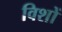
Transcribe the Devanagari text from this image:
विशों